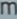
mm